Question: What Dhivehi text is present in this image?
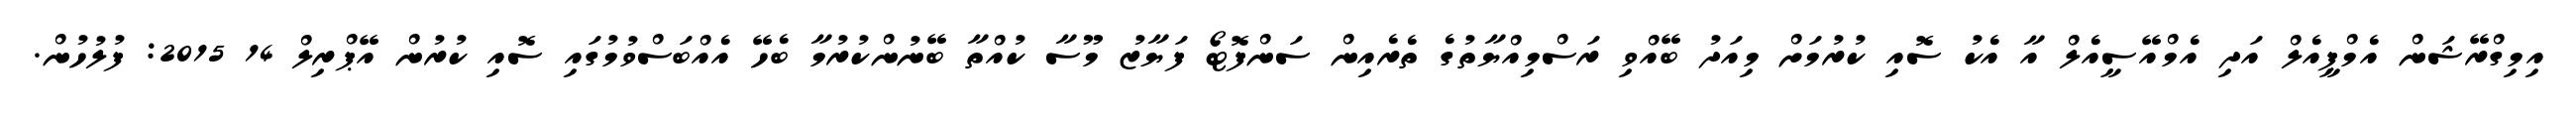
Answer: އިމިގްރޭޝަން އެމްޕީއެލް އަދި އެމްއޭސީއެލް އާ އެކު ސޮއި ކުރުމަށް މިއަދު ބޭއްވި ރަސްމިއްޔާތުގެ ތެރެއިން ސަންފޮޓޯ ފަޔާޒު މޫސާ ކުއްތާ ބޭނުންކުރުމާ ބެހޭ އެއްބަސްވުމުގައި ސޮއި ކުރުން އޭޕްރިލް 14 2015: ފުލުހުން.